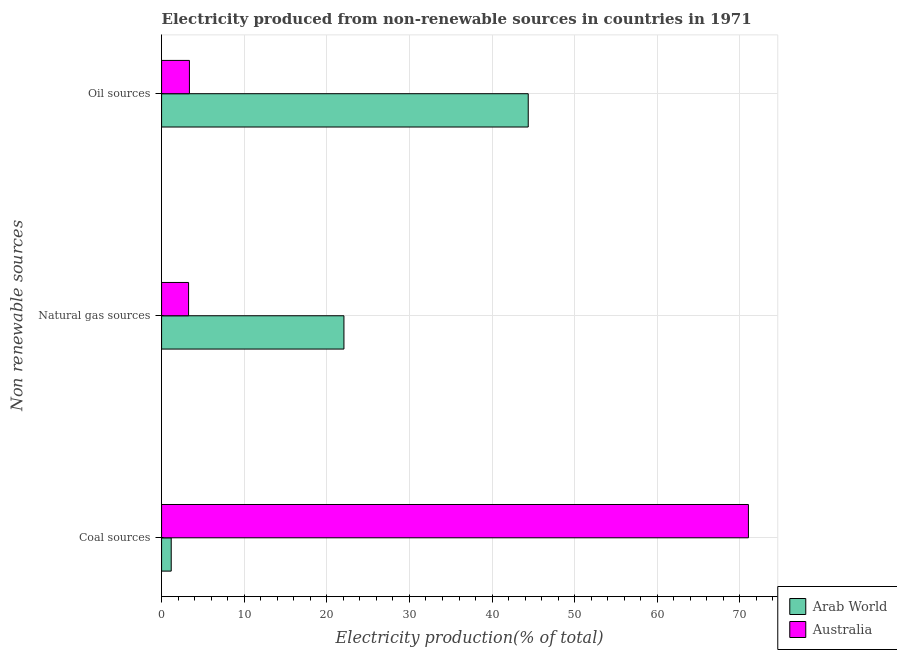
| Non renewable sources | Arab World | Australia |
 | --- | --- | --- |
 | Coal sources | 1.17 | 71 |
 | Natural gas sources | 22.1 | 3.27 |
 | Oil sources | 44.4 | 3.37 |